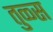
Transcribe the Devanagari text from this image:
तुळ्स